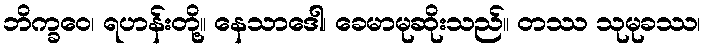
ဘိက္ခဝေ၊ ရဟန်းတို့။ နေသာဒေါ၊ ခေမာမုဆိုးသည်။ တဿ သုမုခဿ၊